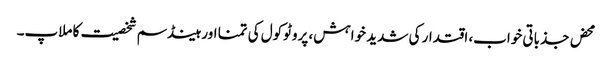
محض جذباتی خواب، اقتدار کی شدید خواہش، پروٹوکول کی تمنا اور ہینڈسم شخصیت کا ملاپ۔